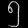
Digit: ၅